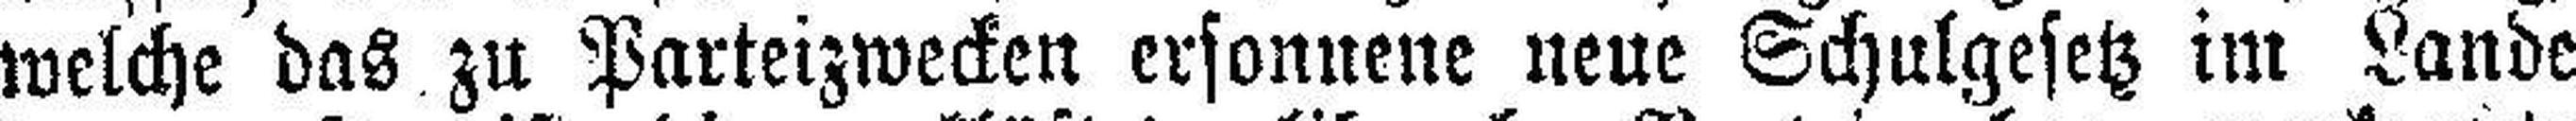
welche das zu Parteizwecken ersonnene neue Schulgesetz im Lande